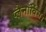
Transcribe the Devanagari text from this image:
प्लैनॉर्विस।